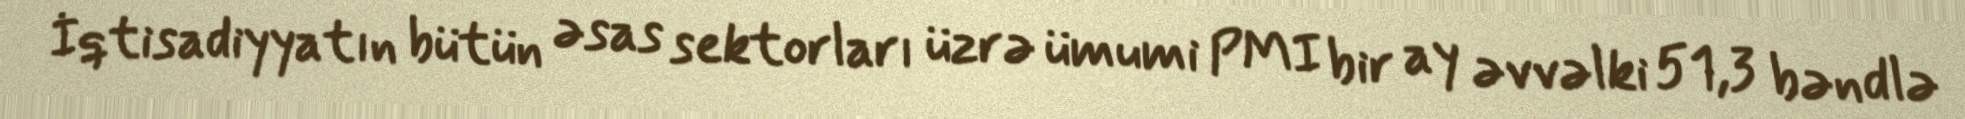
İqtisadiyyatın bütün əsas sektorları üzrə ümumi PMI bir ay əvvəlki 51,3 bəndlə